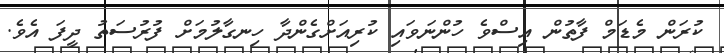
ކުރަން މެޑަމް ފާތުން އިސްވެ ހުންނަވައި ކުރިއަށްގެންދާ ހިނގާލުމަށް ފުރުސަތު ދީފަ އެވެ.